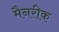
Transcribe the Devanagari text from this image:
मैनरीक